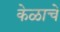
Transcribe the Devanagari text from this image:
केळाचे